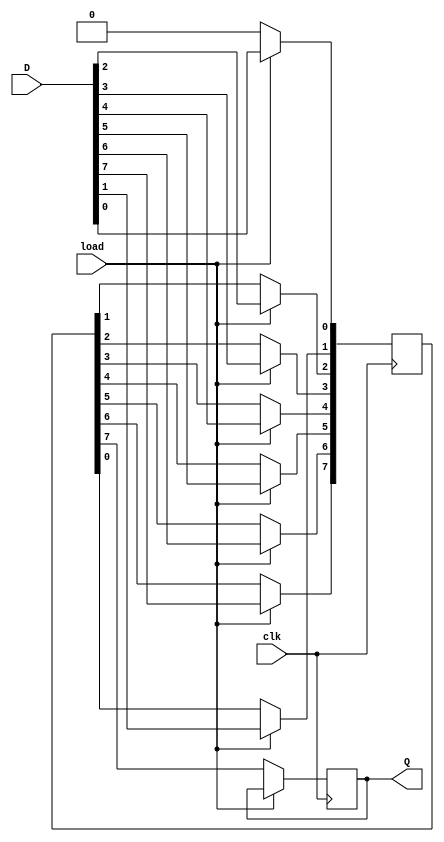
module dynamic_piso_register #(
    parameter WIDTH = 8 // Specify the width of the register (number of bits)
) (
    input wire clk,            // Clock signal
    input wire load,          // Control signal: 1 for load, 0 for shift
    input wire [WIDTH-1:0] D, // Parallel input data
    output reg Q              // Serial output data
);

    reg [WIDTH-1:0] data_store; // Storage for data
    integer i;                  // Loop variable

    // Load or shift operation
    always @(posedge clk) begin
        if (load) begin
            // Load data into the dynamic storage (parallely)
            data_store <= D;
            // This captures the input data on the clock edge
        end else begin
            // Shift operation (serially)
            Q <= data_store[WIDTH-1]; // Output the highest bit
            // Shift data left
            for (i = WIDTH-1; i > 0; i = i - 1) begin
                data_store[i] <= data_store[i-1]; // Shift data
            end
            data_store[0] <= 1'b0; // Optional: Clear the new LSB (0), or you can keep it based on your logic
        end
    end

endmodule